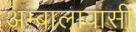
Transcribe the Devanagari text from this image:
अम्बालावासी